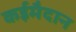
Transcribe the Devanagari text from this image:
कईमैदान